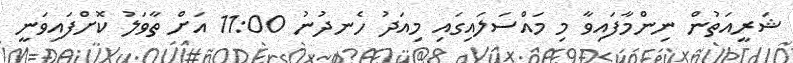
ޝަރީއަތުން ނިންމާފައިވާ މި މައްސަލައިގައި މިއަދު ހެނދުނު 11:00 އަށް ތާވަލު ކޮށްފައިވަނީ